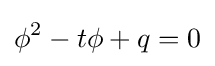
\phi ^{2}-t\phi +q=0